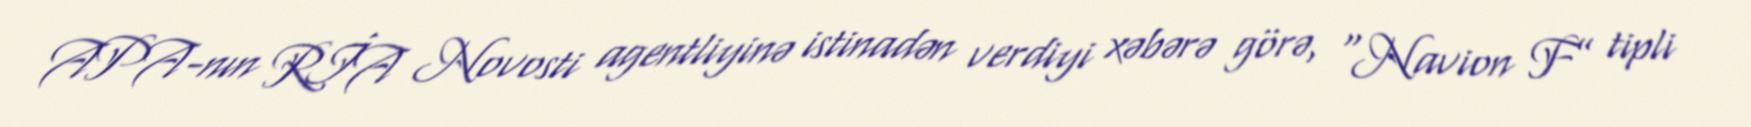
APA-nın RİA Novosti agentliyinə istinadən verdiyi xəbərə görə, “Navion F” tipli